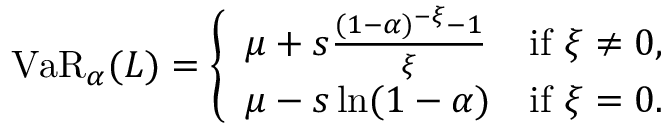
\operatorname { V a R } _ { \alpha } ( L ) = { \left\{ \begin{array} { l l } { \mu + s { \frac { ( 1 - \alpha ) ^ { - \xi } - 1 } { \xi } } } & { { \mathrm { i f ~ } } \xi \neq 0 , } \\ { \mu - s \ln ( 1 - \alpha ) } & { { \mathrm { i f ~ } } \xi = 0 . } \end{array} \right. } \quad